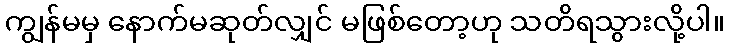
ကျွန်မမှ နောက်မဆုတ်လျှင် မဖြစ်တော့ဟု သတိရသွားလို့ပါ။